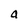
Character: a